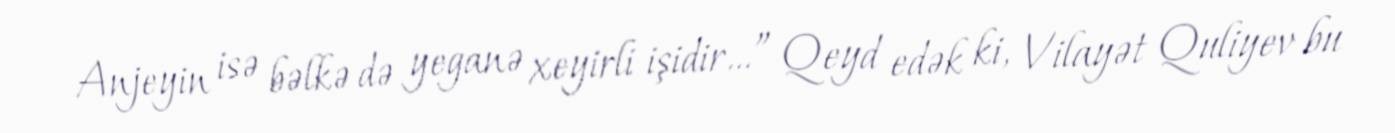
Anjeyin isə bəlkə də yeganə xeyirli işidir…” Qeyd edək ki, Vilayət Quliyev bu